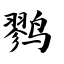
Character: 鹨